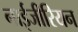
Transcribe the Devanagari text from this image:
नाईजीरियन